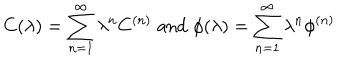
C ( \lambda ) = \sum _ { n = 1 } ^ { \infty } \lambda ^ { n } C ^ { ( n ) } \; \mathrm { a n d } \; \phi ( \lambda ) = \sum _ { n = 1 } ^ { \infty } \lambda ^ { n } \phi ^ { ( n ) }